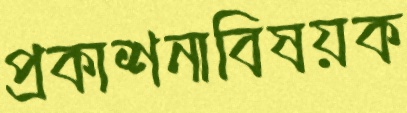
প্রকাশনাবিষয়ক